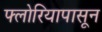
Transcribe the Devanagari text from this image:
फ्लोरियापासून